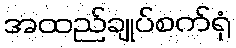
အထည်ချုပ်စက်ရုံ